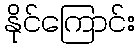
နိုင်ကြောင်း